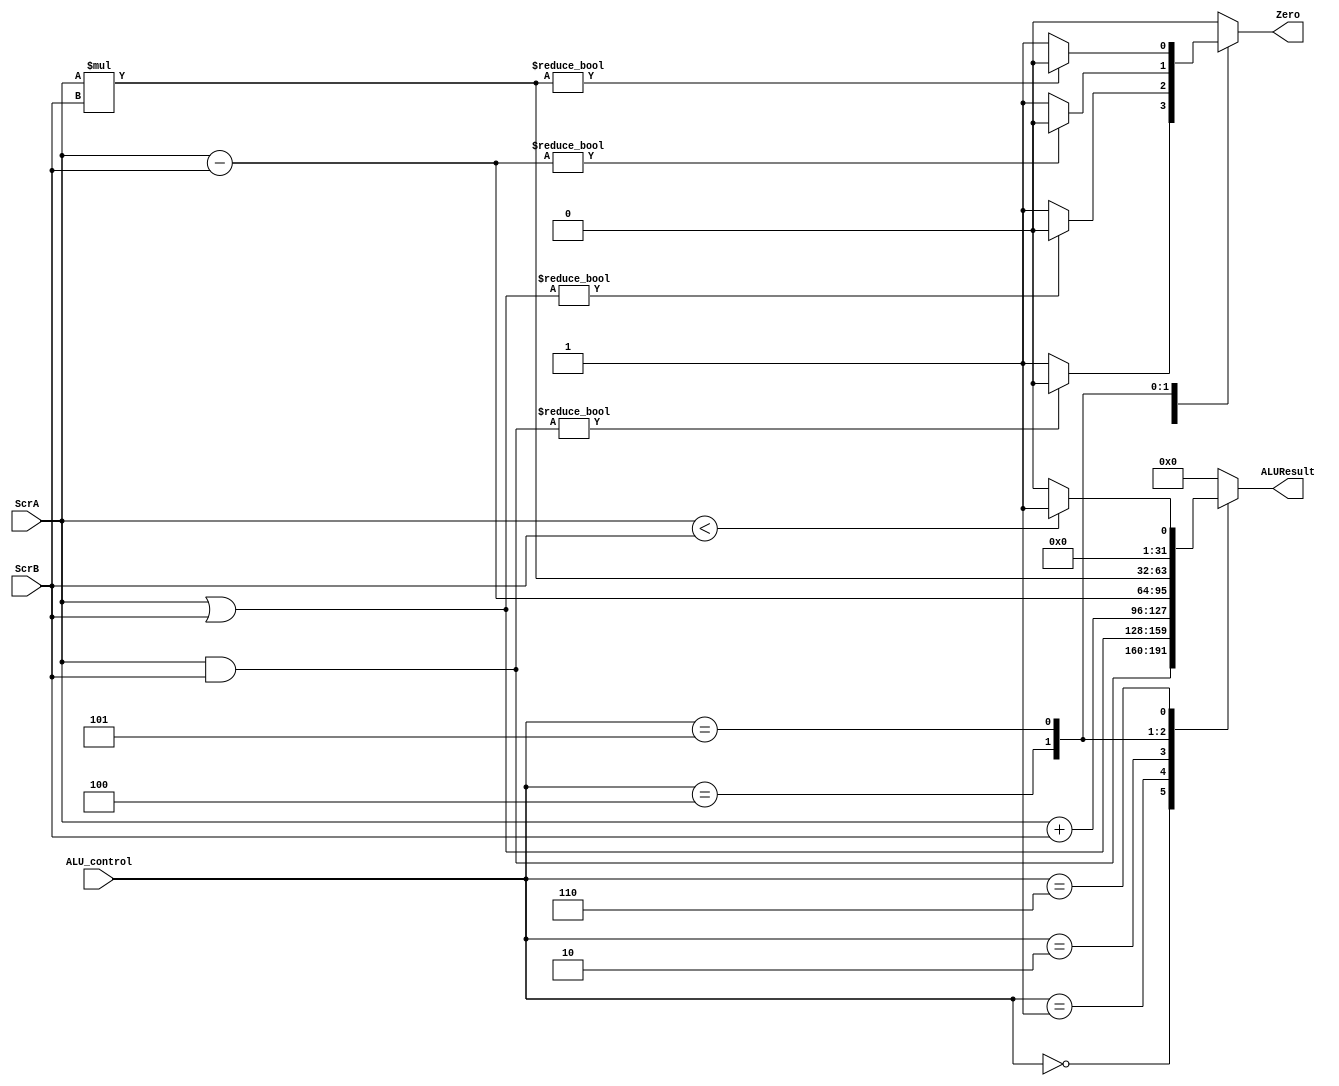
module ALU (
   input wire [2:0]  ALU_control,
   input wire [31:0] ScrA,
   input wire [31:0] ScrB,
   output reg [31:0] ALUResult,
   output reg        Zero
);
always @(*) 
    begin
        Zero=1'b0;
        case (ALU_control)
            3'b000:
                begin
                 ALUResult=ScrA&ScrB;
                 Zero=(ALUResult) ? 1'b0 :1'b1;
                end    
            3'b001:
                begin
                 ALUResult=ScrA|ScrB;
                 Zero=(ALUResult) ? 1'b0 :1'b1;
                end    
            3'b010:
                begin
                 ALUResult=ScrA+ScrB;
                end   
            3'b100:
                begin
                 ALUResult=ScrA-ScrB;
                 Zero=(ALUResult) ? 1'b0 :1'b1;
                end
            3'b101:
                begin
                 ALUResult=ScrA*ScrB;
                 Zero=(ALUResult) ? 1'b0 :1'b1;
                end
            3'b110:
                begin
                 ALUResult=(ScrA<ScrB) ? 32'b1 : 32'b0;
                end
            default: 
                begin
                 ALUResult=32'b0;
                 Zero=1'b0;
                end
        endcase

    end
endmodule